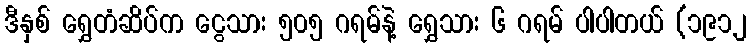
ဒီနှစ် ရွှေတံဆိပ်က ငွေသား ၅၀၅ ဂရမ်နဲ့ ရွှေသား ၆ ဂရမ် ပါပါတယ် (၁၉၁၂